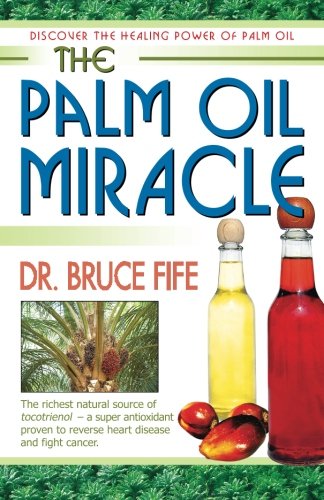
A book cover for The Palm Oil Miracle; Fife Bruce; Cookbooks, Food & Wine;